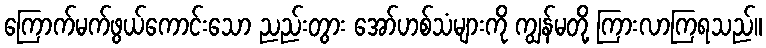
ကြောက်မက်ဖွယ်ကောင်းသော ညည်းတွား အော်ဟစ်သံများကို ကျွန်မတို့ ကြားလာကြရသည်။